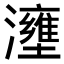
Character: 𤃟